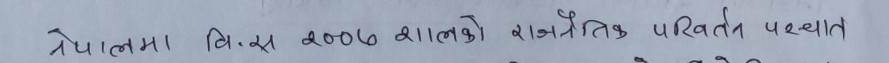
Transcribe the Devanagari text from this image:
नेपालमा वि.स. २००७ सालको राजनैतिक परिवर्तन पश्चात